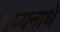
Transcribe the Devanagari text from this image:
मय्यनाथे